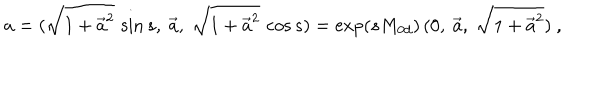
a = ( \sqrt { 1 + \vec { a } ^ { 2 } } \, \sin s , \ \vec { a } , \ \sqrt { 1 + \vec { a } ^ { 2 } } \, \cos s ) = \exp ( s M _ { 0 d } ) \, ( 0 , \ \vec { a } , \ \sqrt { 1 + \vec { a } ^ { 2 } } ) \ ,